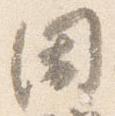
閑